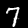
Digit: 7